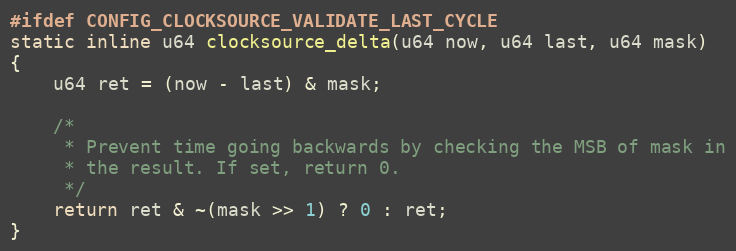
Language: C
#ifdef CONFIG_CLOCKSOURCE_VALIDATE_LAST_CYCLE
static inline u64 clocksource_delta(u64 now, u64 last, u64 mask)
{
	u64 ret = (now - last) & mask;

	/*
	 * Prevent time going backwards by checking the MSB of mask in
	 * the result. If set, return 0.
	 */
	return ret & ~(mask >> 1) ? 0 : ret;
}